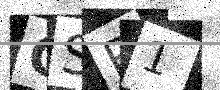
Text: GSR1